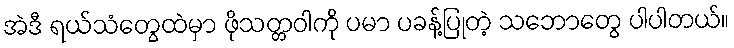
အဲဒီ ရယ်သံတွေထဲမှာ ဖိုသတ္တဝါကို ပမာ ပခန့်ပြုတဲ့ သဘောတွေ ပါပါတယ်။